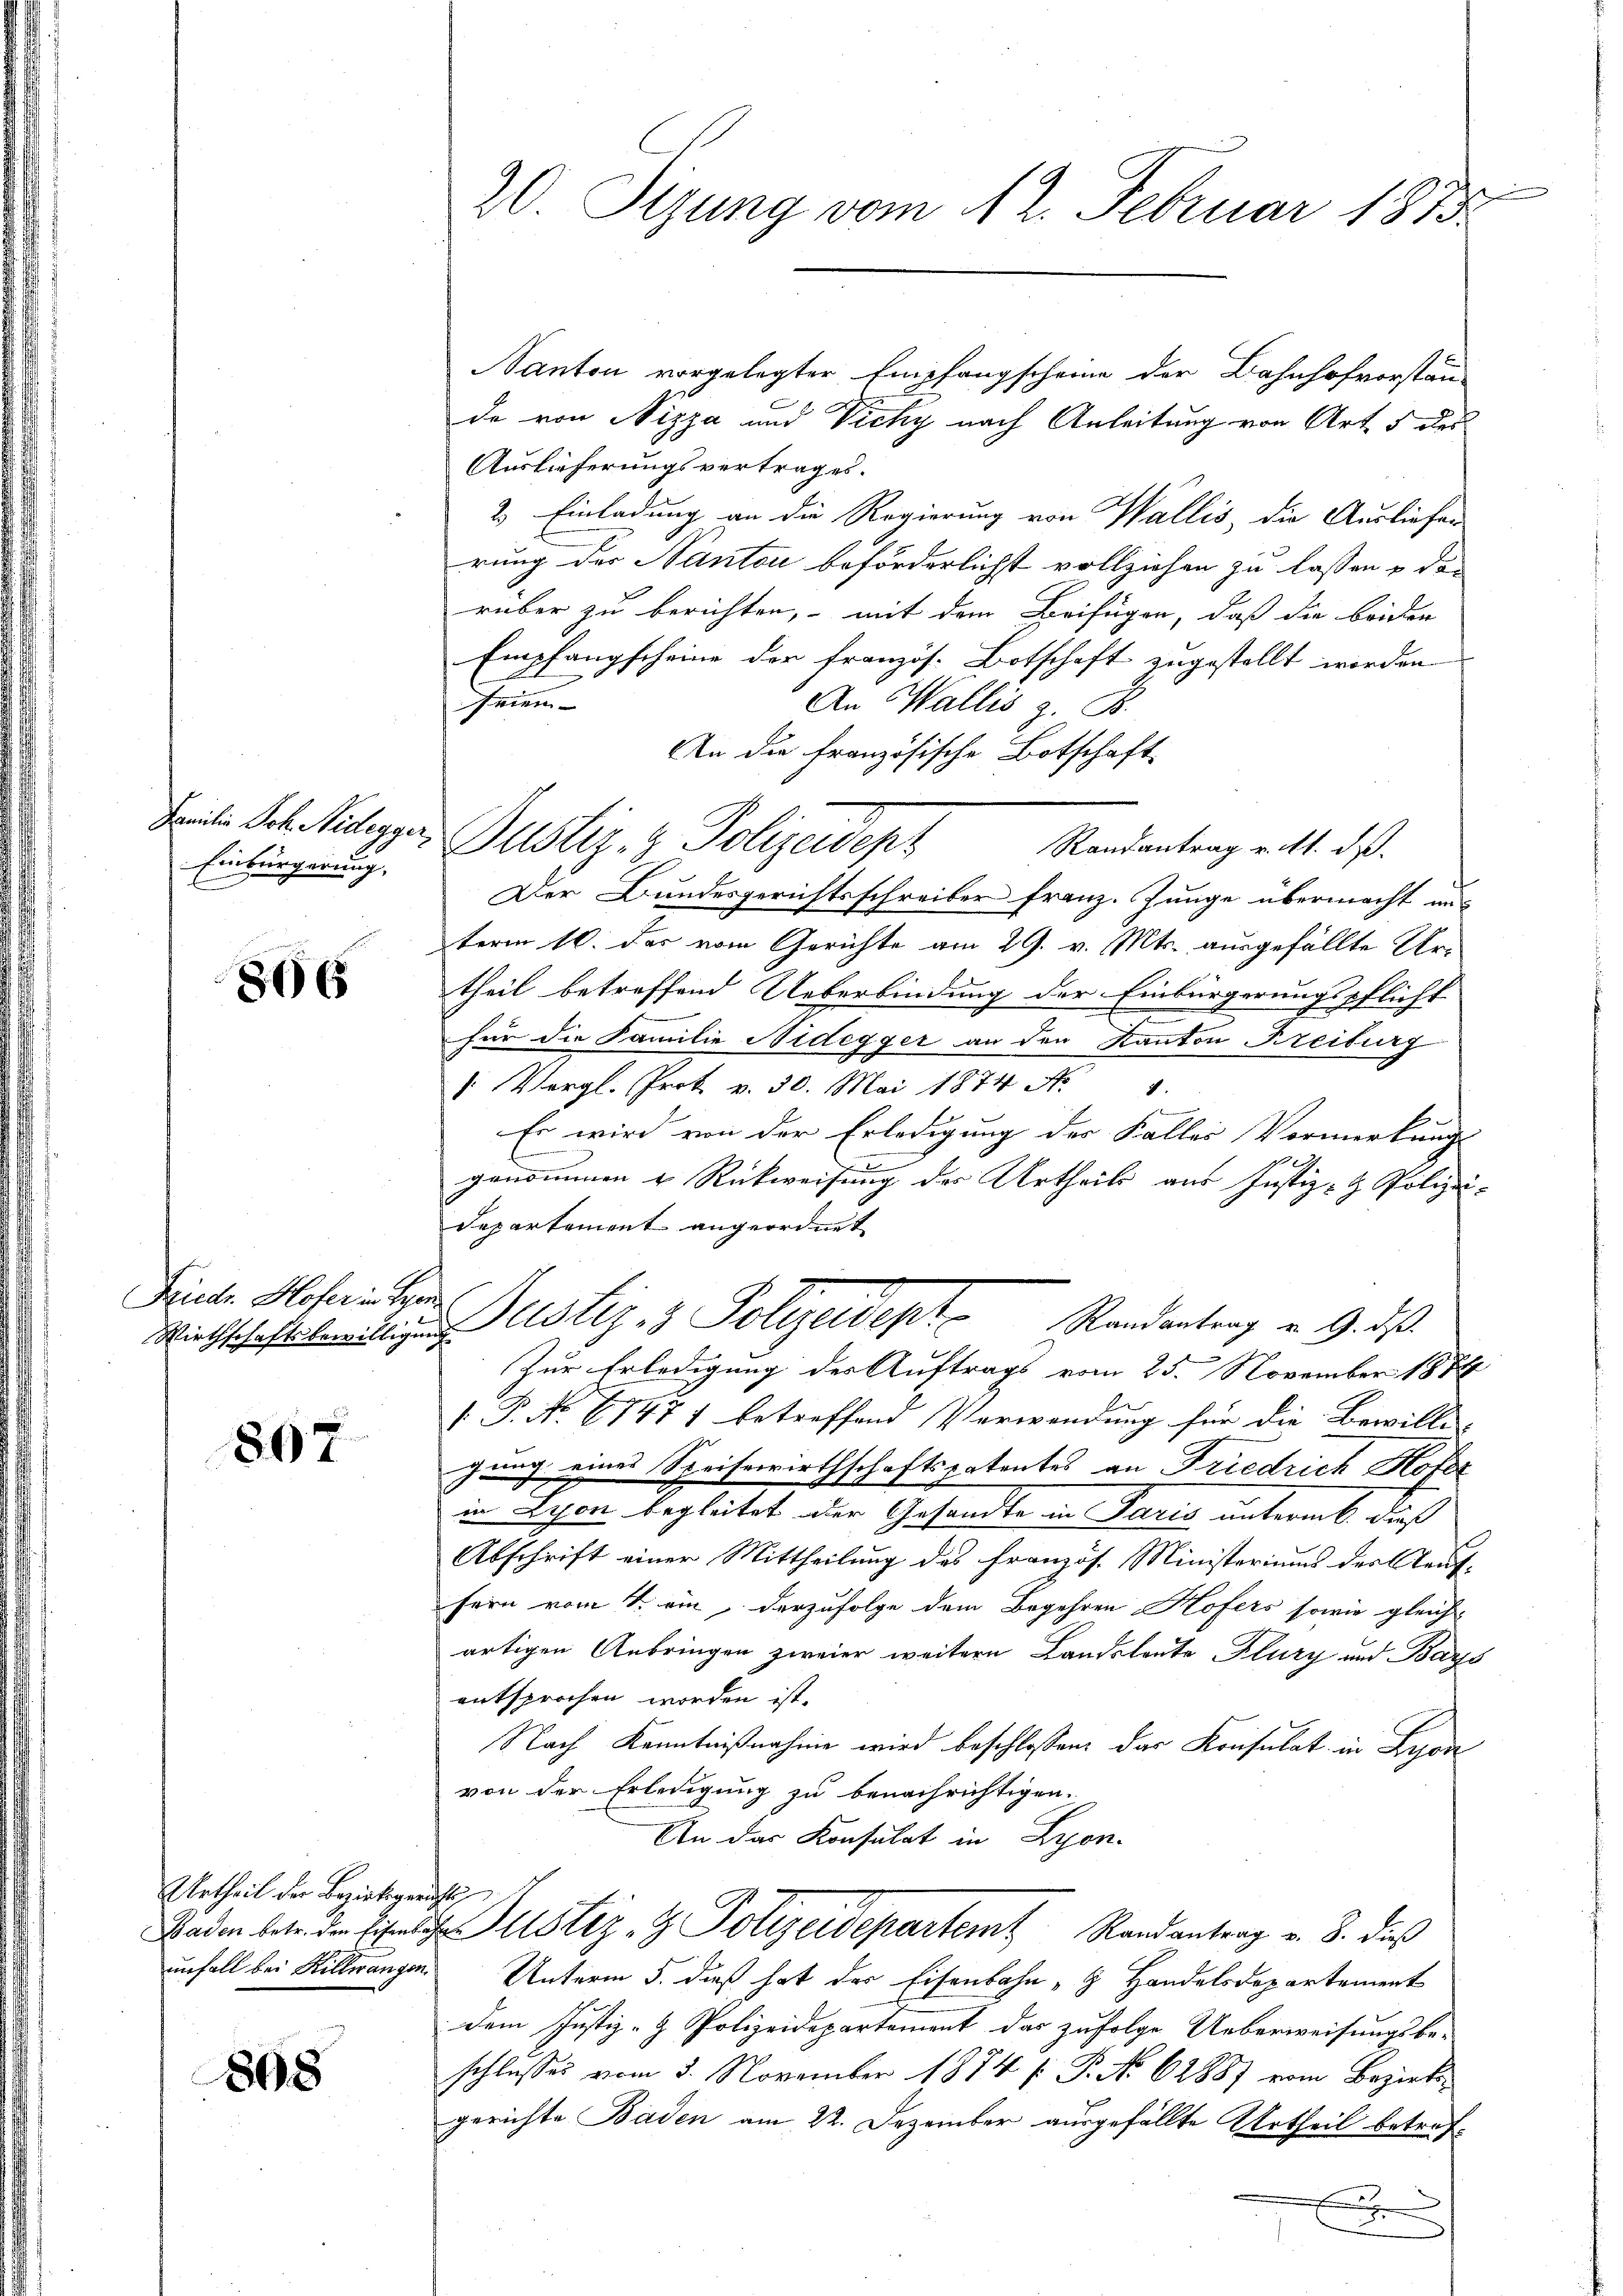
Einbürgerung.

866

Friedr. Hofer in Syen.

867

Urtheil der Bezirksgerichts

808

e
20. Sizung vom 12. Februar 1883

Kanton vorgelegter Empfangscheine der Bahnhofvorstän-
da von Nizza und Vicky nach Anleitung von Art. 5 des
Auslieferungsvertrages.
2.) Einladung an die Regierung von Wallis, die Ausliefen
rung der Nanton beförderlichst vollziehen zu lassen u den
rüber zu berichten, mit dem Beifügen, daß die beiden
Empfangscheine der französ. Botschaft zugestellt worden
e
Frien- |
An Wallis z. B.
An die französische Botschaft
Randantrag v. M. dß.
Der Bundesgerichtsschreiber franz. Junge übermacht un
term 10. des vom Gerichte am 29. v. Mts. ausgefällte Urtheil betreffend Ueberbindung der Einbürgerungspflicht
.
für die Familie Nidegger an den Kanton Freiburg
" Vergl. Prok. v. 30. Mai 1874 N. 1.
Es wird von der Erledigung der Faller Vormerkungs-
genommen & Rückweisung des Urtheils aus Justiz- & Polizei-
Departement angeordnet
Wirtschaft seitigen Justiz & Polizeidept. Standentrag u. 9. des
Zur Erledigung der Auftrags vom 25. November 1884
[ P. No. 67471 betreffend Verwendung für die Bewilli-
gung eines Speisewirthschaftspatentes an Friedrich Hofer
in Lyon begleitet oder Gesandte in Paris unterm 6. daß
Abschrift einer Mittheilung des französ. Ministeriums der Reitsein vom 1. ein, darzufolge dem Begehren Hofers sowie gleich-
artigen Anbringen zweier weitern Landsleute Flury und Bays
entsprochen worden ist.
Nach Kenntnißnahme wird beschlossen: das Konsulat in Lyon
von der Erledigung zu benachrichtigen.
An das Konsulat in Lyon.
Baden betr. der Eisen der Justiz- & Polizeidepartem Randantrag v. 8. dieß
unfall bei Billwangen Unterm 5. dieß hat des Eisenbahn - Handelsdepartement
dem Justiz- & Polizeidepartement das zufolge Ueberweisungsbe-
schlusses vom 3. November 1874 f. P. No 62887 vom Bezirksgerichte Baden am 22. Dezember ausgefällte Urtheil betrefx

Seite des Videgger Justiz- & Polizeidept